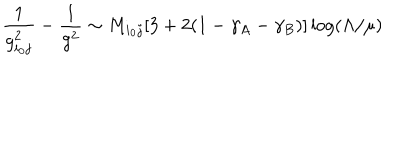
\frac { 1 } { g _ { i _ { 0 } j } ^ { 2 } } - \frac { 1 } { g ^ { 2 } } \sim M _ { i _ { 0 } j } [ 3 + 2 ( 1 - \gamma _ { A } - \gamma _ { B } ) ] \log ( \Lambda / \mu )